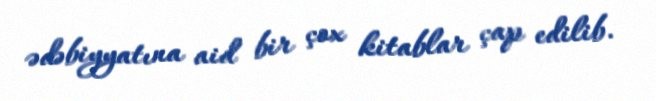
ədəbiyyatına aid bir çox kitablar çap edilib.